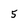
Character: 5